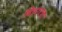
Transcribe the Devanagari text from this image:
बिहारचा